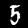
Digit: 5